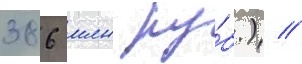
386 млн ру́б.) //